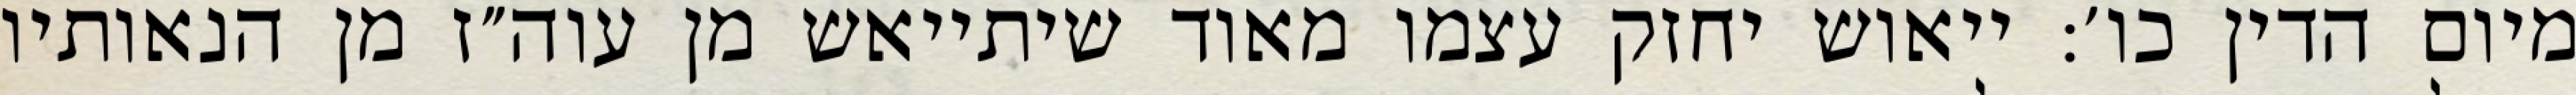
מיום הדין כו׳: ייאוש יחזק עצמו מאוד שיתייאש מן עוה״ז מן הנאותיו